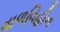
વાળવિહીન